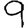
Digit: 9